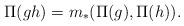
LaTeX: \begin{align*} \Pi(gh) = m_* (\Pi(g), \Pi(h)).\end{align*}